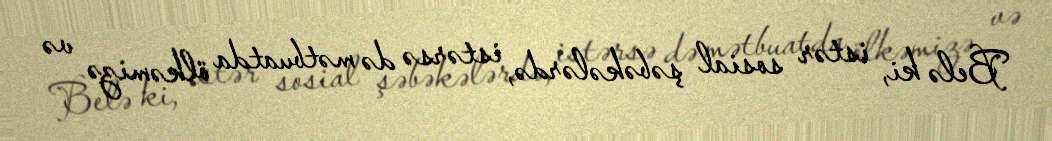
Belə ki, istər sosial şəbəkələrdə, istərsə də mətbuatda ölkəmizə və